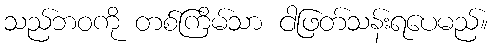
သည်ဘဝကို တစ်ကြိမ်သာ ငါဖြတ်သန်းရပေမည်။